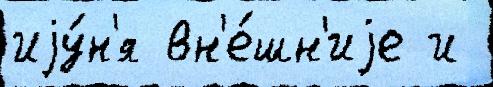
иjу́н'я вн'е́шн'иjе и